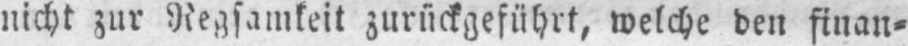
nicht zur Regsamkeit zurückgeführt, welche den finan⸗